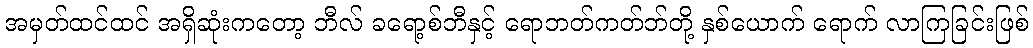
အမှတ်ထင်ထင် အရှိဆုံးကတော့ ဘီလ် ခရော့စ်ဘီနှင့် ရောဘတ်ကတ်ဘ်တို့ နှစ်ယောက် ရောက် လာကြခြင်းဖြစ်